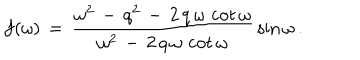
f ( \omega ) \, = \, \frac { \omega ^ { 2 } \, - \, q ^ { 2 } \, - \, 2 \, q \, \omega \, \cot \omega } { \omega ^ { 2 } \, - \, 2 \, q \, \omega \, \cot \omega } \, \sin \omega \, { . }